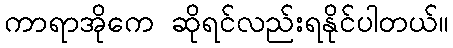
ကာရာအိုကေ ဆိုရင်လည်းရနိုင်ပါတယ်။